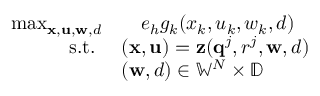
\begin{array} { r l } { \operatorname* { m a x } _ { \mathbf { x } , \mathbf { u } , \mathbf { w } , d } } & { \quad e _ { h } g _ { k } ( x _ { k } , u _ { k } , w _ { k } , d ) } \\ { \quad \mathrm { s . t . ~ } } & { ( \mathbf { x } , \mathbf { u } ) = \mathbf { z } ( \mathbf { q } ^ { j } , r ^ { j } , \mathbf { w } , d ) } \\ & { ( \mathbf { w } , d ) \in \mathbb { W } ^ { N } \times \mathbb { D } } \end{array}